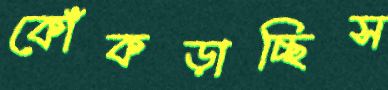
কোঁকড়াচ্ছিস